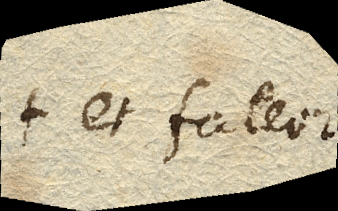
+ et fateor